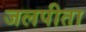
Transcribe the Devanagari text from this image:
जलपीता